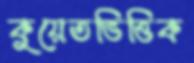
কুয়েতভিত্তিক